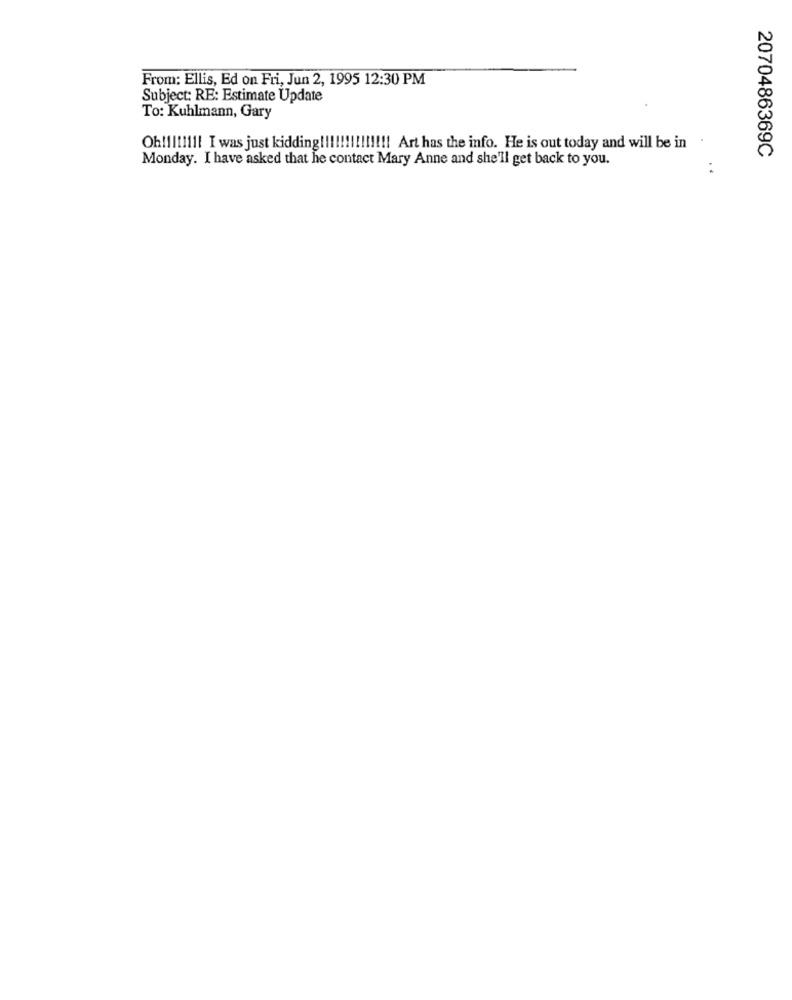
From: Ellis, Ed on Fri, Jun 2, 1995 12:30 PM
Subject: RE: Estimate Update
To: Kuhlmann, Gary
Oh!llllll! I was just kidding !!!!!!!!!!!!!! Art has the info. He is out today and will be in .
2070486369C
Monday. I have asked that he contact Mary Anne and she'll get back to you.
: